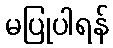
မပြုပါရန်